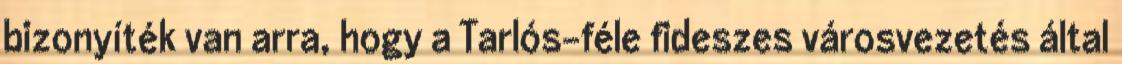
bizonyíték van arra, hogy a Tarlós-féle fideszes városvezetés által